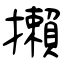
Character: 攋